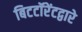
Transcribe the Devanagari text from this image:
बिटटॉरेंटद्वारे